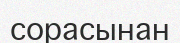
сорасынан